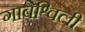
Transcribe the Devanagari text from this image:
गाबेश्विली